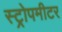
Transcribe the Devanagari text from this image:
स्ट्रोपमीटर